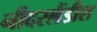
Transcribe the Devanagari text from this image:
नीदरलैंडीश